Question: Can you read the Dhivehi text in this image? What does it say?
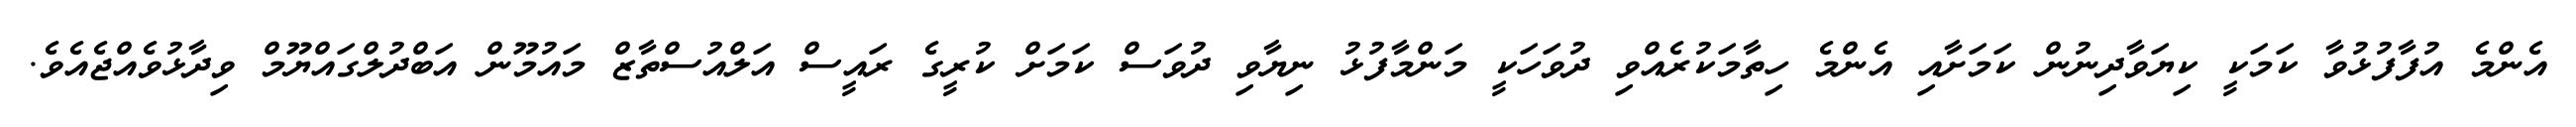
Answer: އެންމެ އުފާފުޅުވާ ކަމަކީ ކިޔަވާދިނުން ކަމަށާއި އެންމެ ހިތާމަކުރެއްވި ދުވަހަކީ މަންމާފުޅު ނިޔާވި ދުވަސް ކަމަށް ކުރީގެ ރައީސް އަލްއުސްތާޒް މައުމޫން އަބްދުލްގައްޔޫމް ވިދާޅުވެއްޖެއެވެ.